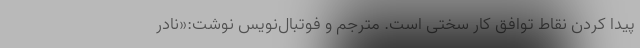
پیدا کردن نقاط توافق کار سختی است. مترجم و فوتبال‌نویس نوشت:«نادر